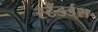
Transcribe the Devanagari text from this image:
स्टँडर्ड्‌स